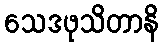
သေဒဖုသိတာနိ